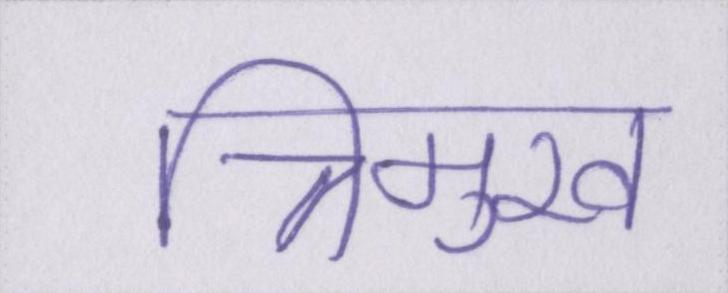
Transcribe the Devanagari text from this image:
त्रिमुख